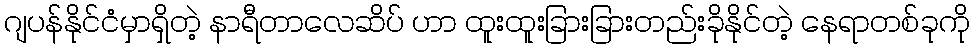
ဂျပန်နိုင်ငံမှာရှိတဲ့ နာရီတာလေဆိပ် ဟာ ထူးထူးခြားခြားတည်းခိုနိုင်တဲ့ နေရာတစ်ခုကို